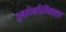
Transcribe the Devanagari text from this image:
इकोनौमिक्स